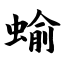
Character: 蝓